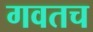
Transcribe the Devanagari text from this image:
गवतच